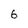
Character: 6